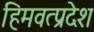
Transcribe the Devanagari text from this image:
हिमवत्प्रदेश